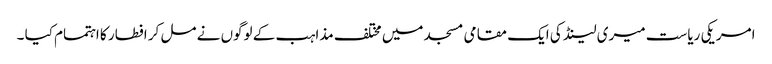
امریکی ریاست میری لینڈ کی ایک مقامی مسجد میں مختلف مذاہب کے لوگوں نے مل کر افطار کا اہتمام کیا ۔